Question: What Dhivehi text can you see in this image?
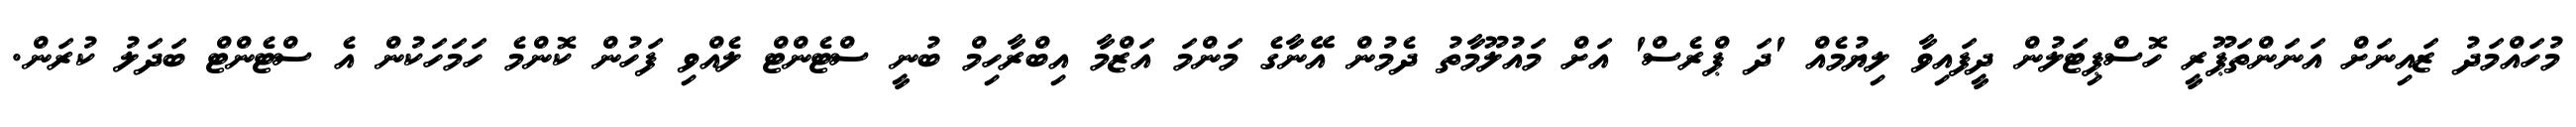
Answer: މުހައްމަދު ޒައިނަށް އަނަންތަޕޫރީ ހޮސްޕިޓަލުން ދީފައިވާ ލިޔުމެއް 'ދަ ޕްރެސް' އަށް މައުލޫމާތު ދެމުން އޭނާގެ މަންމަ އަޒްމާ އިބްރާހިމް ބުނީ ސްޓެންޓް ލެއްވި ފަހުން ކޮންމެ ހަމަހަކުން އެ ސްޓެންޓް ބަދަލު ކުރަން.